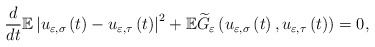
\begin{align*}\frac{d}{dt}\mathbb{E}\left\vert u_{\varepsilon,\sigma}\left( t\right)-u_{\varepsilon,\tau}\left( t\right) \right\vert ^{2}+\mathbb{E}\widetilde{G}_{\varepsilon}\left( u_{\varepsilon,\sigma}\left( t\right),u_{\varepsilon,\tau}\left( t\right) \right) =0, \end{align*}